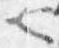
也